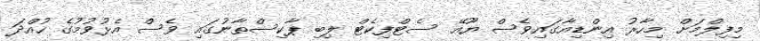
މިފިލްމަށް މިހާރު އިންޑިއާގައިވެސް ޔޫއޭ ސެޓްފިކެޓް ލިބި ޕާކިސްތާނުގައި ވެސް އެޅުވުމުގެ ހުއްދަ